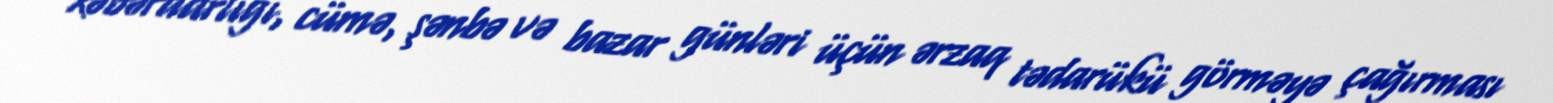
xəbərdarlığı, cümə, şənbə və bazar günləri üçün ərzaq tədarükü görməyə çağırması